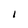
Character: I